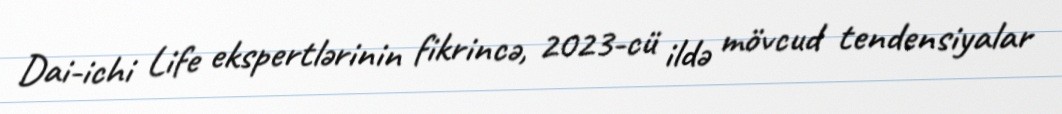
Dai-ichi Life ekspertlərinin fikrincə, 2023-cü ildə mövcud tendensiyalar